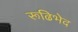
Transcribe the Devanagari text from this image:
रूढिभेद